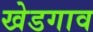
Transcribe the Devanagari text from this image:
खेडगाव